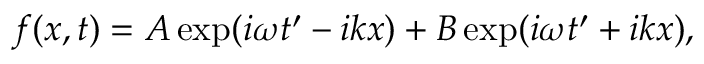
\begin{array} { r } { f ( x , t ) = A \exp ( i \omega t ^ { \prime } - i k x ) + B \exp ( i \omega t ^ { \prime } + i k x ) , } \end{array}